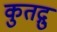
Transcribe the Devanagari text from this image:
कुतद्गु